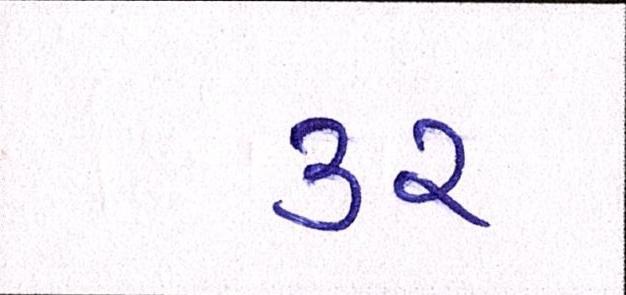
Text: ૩૨